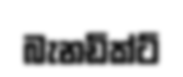
බැනඩික්ට්